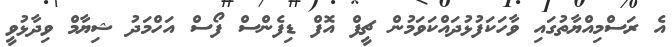
އެ ރަސްމިއްޔާތުގައި ވާހަކަފުޅުދައްކަވަމުން ޗީފް އޮފް ޑިފެންސް ފޯސް އަހްމަދު ޝިޔާމް ވިދާޅުވީ